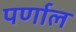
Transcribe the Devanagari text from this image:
पर्णाल